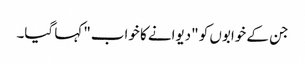
جن کے خوابوں کو "دیوانے کا خواب" کہا گیا۔